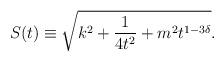
LaTeX: \begin{align*}S(t) \equiv \sqrt{k^2+\frac{1}{4 t^2}+m^2 t^{1-3\delta}}.\end{align*}